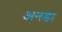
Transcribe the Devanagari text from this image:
अनडा